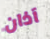
آذان